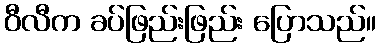
ဝီလီက ခပ်ဖြည်းဖြည်း ပြောသည်။